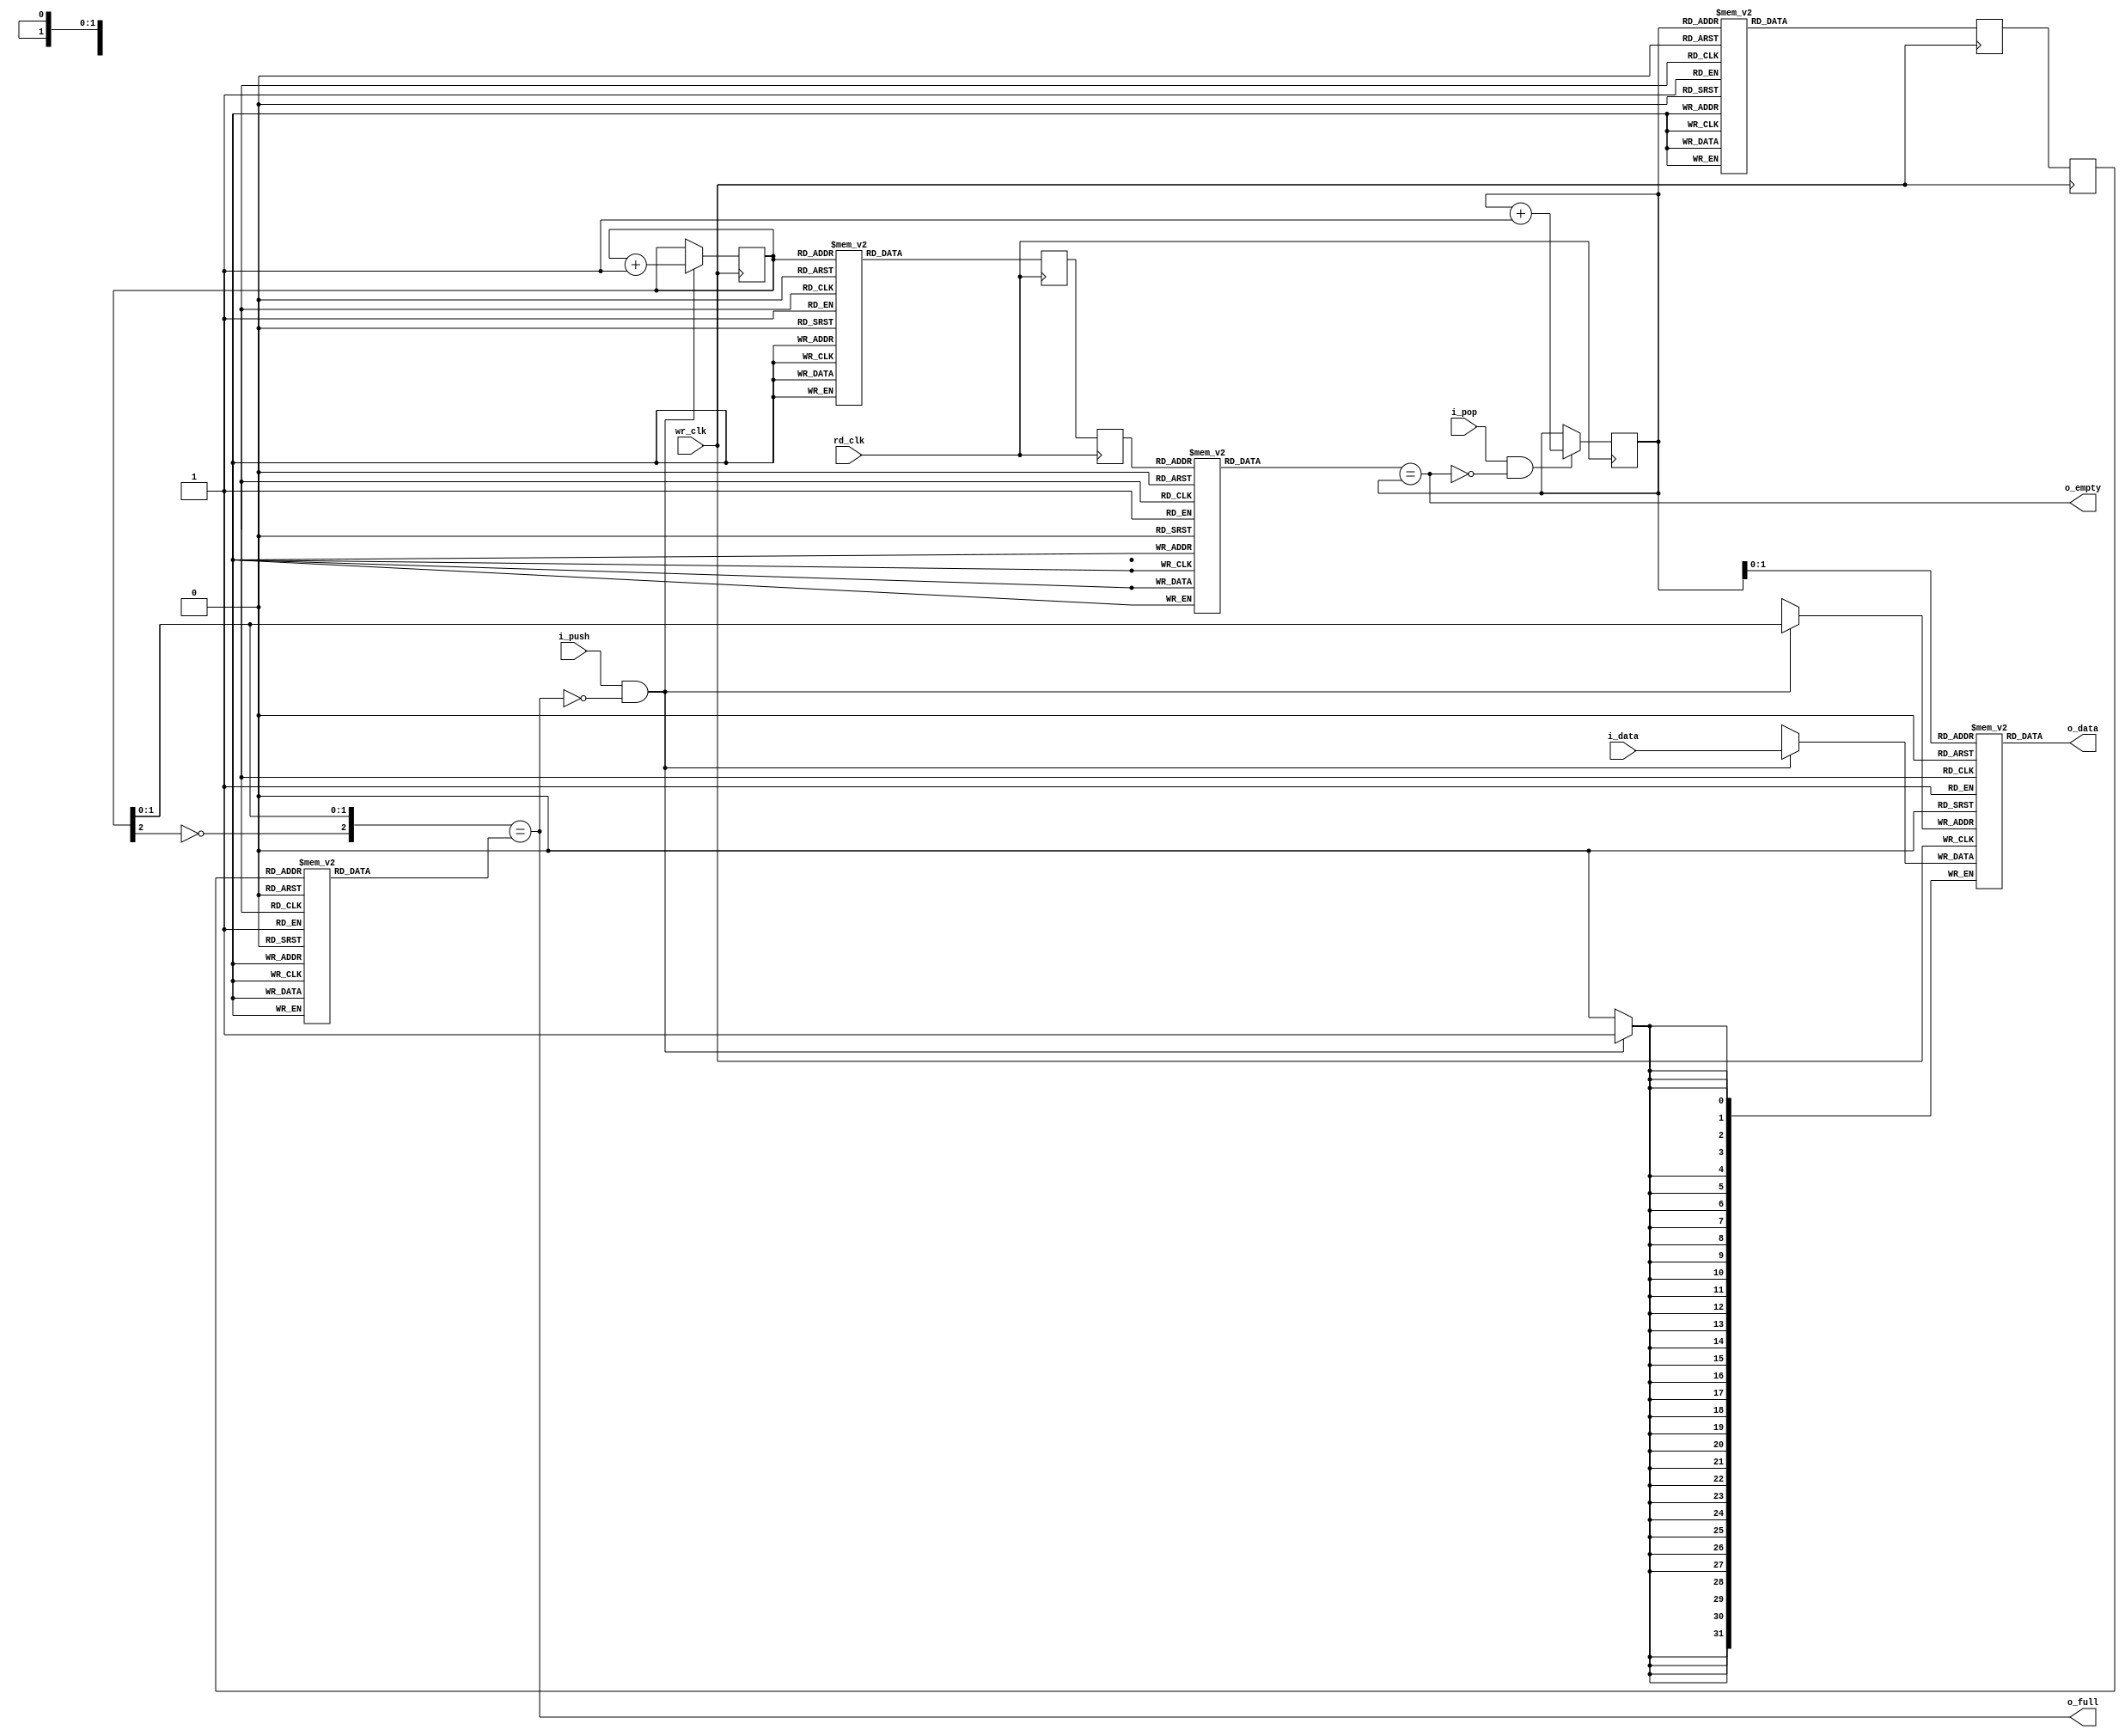
//////////////////////////////////////////////////////////////////
//                                                              //
//  Generic Asynchronous FIFO                                   //
//                                                              //
//  This file is part of the Amber project                      //
//  http://www.opencores.org/project,amber                      //
//                                                              //
//  Description                                                 //
//                                                              //
//  Author(s):                                                  //
//      - Conor Santifort, csantifort.amber@gmail.com           //
//                                                              //
//////////////////////////////////////////////////////////////////
//                                                              //
// Copyright (C) 2010 Authors and OPENCORES.ORG                 //
//                                                              //
// This source file may be used and distributed without         //
// restriction provided that this copyright statement is not    //
// removed from the file and that any derivative work contains  //
// the original copyright notice and the associated disclaimer. //
//                                                              //
// This source file is free software; you can redistribute it   //
// and/or modify it under the terms of the GNU Lesser General   //
// Public License as published by the Free Software Foundation; //
// either version 2.1 of the License, or (at your option) any   //
// later version.                                               //
//                                                              //
// This source is distributed in the hope that it will be       //
// useful, but WITHOUT ANY WARRANTY; without even the implied   //
// warranty of MERCHANTABILITY or FITNESS FOR A PARTICULAR      //
// PURPOSE.  See the GNU Lesser General Public License for more //
// details.                                                     //
//                                                              //
// You should have received a copy of the GNU Lesser General    //
// Public License along with this source; if not, download it   //
// from http://www.opencores.org/lgpl.shtml                     //
//                                                              //
//////////////////////////////////////////////////////////////////


module afifo 
#(
parameter D_WIDTH = 32 
) 
(
input                       wr_clk,
input                       rd_clk,

input   [D_WIDTH-1:0]       i_data,
output  [D_WIDTH-1:0]       o_data,
input                       i_push,
input                       i_pop,

output                      o_full,
output                      o_empty
);

reg  [2:0] wr_pointer = 'd0, rd_pointer = 'd0;
reg  [2:0] wr_pointer_d1 = 'd0, rd_pointer_d1 = 'd0;
reg  [2:0] wr_pointer_d2 = 'd0, rd_pointer_d2 = 'd0;
wire [2:0] wr_pointer_rd, rd_pointer_wr;


reg [D_WIDTH-1:0] data [3:0];


always @( posedge wr_clk )
    if ( i_push && !o_full )
        begin
        wr_pointer <= wr_pointer + 1'd1;
        data[wr_pointer[1:0]] <= i_data;
        end


always @( posedge wr_clk )
    begin
    rd_pointer_d1 <= gray8(rd_pointer);
    rd_pointer_d2 <= rd_pointer_d1;
    end


always @( posedge rd_clk )
    if ( i_pop && !o_empty )
        rd_pointer <= rd_pointer + 1'd1;


always @( posedge rd_clk )
    begin
    wr_pointer_d1 <= gray8(wr_pointer);
    wr_pointer_d2 <= wr_pointer_d1;
    end


assign wr_pointer_rd = ungray8(wr_pointer_d2);
assign rd_pointer_wr = ungray8(rd_pointer_d2);

assign o_data  = data[rd_pointer[1:0]];
assign o_full  = {~wr_pointer[2], wr_pointer[1:0]} == rd_pointer_wr;
assign o_empty = wr_pointer_rd == rd_pointer;


function [2:0] gray8;
input [2:0] binary;
begin
    case(binary)
        3'b000 : gray8 = 3'b000;
        3'b001 : gray8 = 3'b001;
        3'b010 : gray8 = 3'b011;
        3'b011 : gray8 = 3'b010;
        3'b100 : gray8 = 3'b110;
        3'b101 : gray8 = 3'b111;
        3'b110 : gray8 = 3'b101;
        3'b111 : gray8 = 3'b100;
    endcase
end
endfunction


function [2:0] ungray8;
input [2:0] gray;
begin
    case(gray)
        3'b000 : ungray8 = 3'b000;
        3'b001 : ungray8 = 3'b001;
        3'b011 : ungray8 = 3'b010;
        3'b010 : ungray8 = 3'b011;
        3'b110 : ungray8 = 3'b100;
        3'b111 : ungray8 = 3'b101;
        3'b101 : ungray8 = 3'b110;
        3'b100 : ungray8 = 3'b111;
    endcase
end
endfunction

endmodule